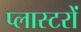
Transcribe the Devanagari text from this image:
प्लास्टरों